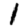
Digit: 1